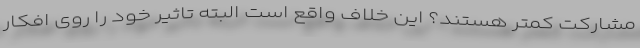
مشارکت کمتر هستند؟ این خلاف واقع است البته تاثیر خود را روی افکار